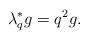
LaTeX: \begin{align*}\lambda_q^* g= q^2 g.\end{align*}